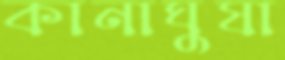
কানাঘুষা